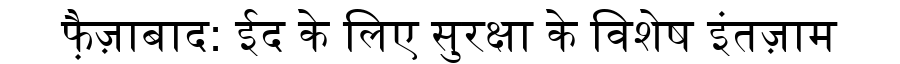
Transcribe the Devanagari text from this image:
फै़ज़ाबाद: ईद के लिए सुरक्षा के विशेष इंतज़ाम